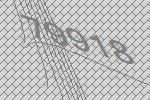
79918